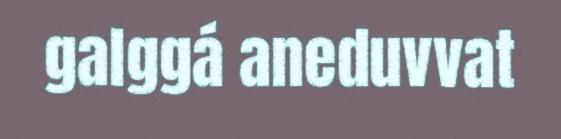
galggá aneduvvat